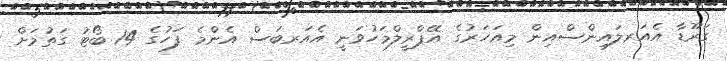
ގަރޫޑާ އެއަރލައިންސްއިން މިއަހަރުގެ އޭޕްރީލްމަހުވަނީ އެއަރބަސް އެންމެ ފަހުގެ 14 ބޯޓު ގަތުމަށް